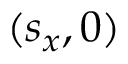
( s _ { x } , 0 )